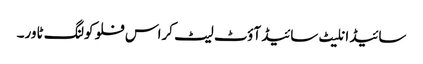
سائیڈ انلیٹ سائیڈ آؤٹ لیٹ کراس فلو کولنگ ٹاور۔